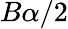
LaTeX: B\alpha/2